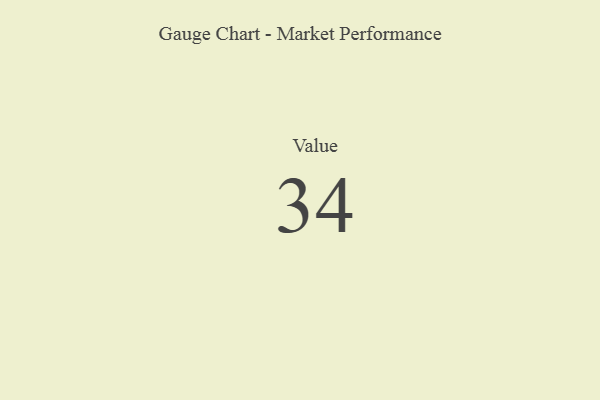
{"axis": {"x": "Metric", "y": "Value"}, "legend": [""], "data": [{"x": "Value", "y": 34, "type": ""}]}